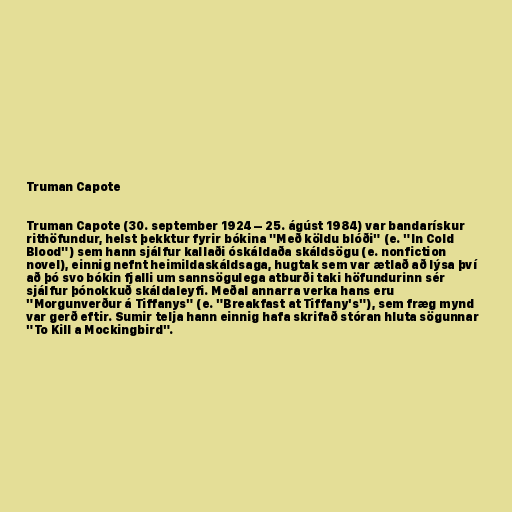
Truman Capote

Truman Capote (30. september 1924 – 25. ágúst 1984) var bandarískur
rithöfundur, helst þekktur fyrir bókina "Með köldu blóði" (e. "In Cold
Blood") sem hann sjálfur kallaði óskáldaða skáldsögu (e. nonfiction
novel), einnig nefnt heimildaskáldsaga, hugtak sem var ætlað að lýsa því
að þó svo bókin fjalli um sannsögulega atburði taki höfundurinn sér
sjálfur þónokkuð skáldaleyfi. Meðal annarra verka hans eru
"Morgunverður á Tiffanys" (e. "Breakfast at Tiffany's"), sem fræg mynd
var gerð eftir. Sumir telja hann einnig hafa skrifað stóran hluta sögunnar
"To Kill a Mockingbird".